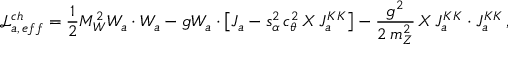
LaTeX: \mathcal { L } _ { a , \, e f f } ^ { c h } = \frac { 1 } { 2 } M _ { W } ^ { 2 } W _ { a } \cdot W _ { a } - g W _ { a } \cdot \left[ J _ { a } - s _ { \alpha } ^ { 2 } \, c _ { \theta } ^ { 2 } \, X \, J _ { a } ^ { K K } \right] - \frac { g ^ { 2 } } { 2 \, m _ { Z } ^ { 2 } } \, X \, J _ { a } ^ { K K } \cdot J _ { a } ^ { K K } \, ,